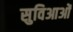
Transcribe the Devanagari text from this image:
सुविआओं